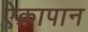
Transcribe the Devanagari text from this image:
ऐक्रापान